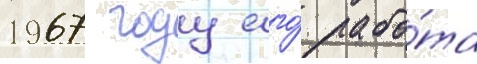
1967 году его́ рабо́та